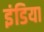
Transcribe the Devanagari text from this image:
इंडिया